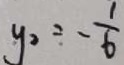
y _ { 2 } = - \frac { 1 } { 6 }